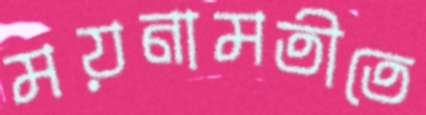
ময়নামতীতে